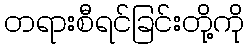
တရားစီရင်ခြင်းတို့ကို